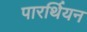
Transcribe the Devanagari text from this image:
पारर्थियन